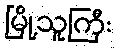
မြို့သူကြီး